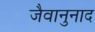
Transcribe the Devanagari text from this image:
जैवानुनाद